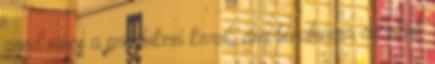
gond nincs a produkció körül, ami bizalomra ad okot.